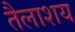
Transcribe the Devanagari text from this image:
तैलाशय